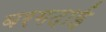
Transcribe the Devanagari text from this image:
बरगदाई